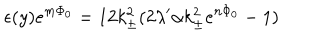
LaTeX: \epsilon ( y ) e ^ { m \Phi _ { 0 } } = 1 2 k _ { \pm } ^ { 2 } ( 2 \lambda ^ { \prime } \alpha k _ { \pm } ^ { 2 } e ^ { n \Phi _ { 0 } } - 1 )